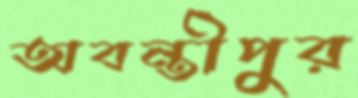
অবন্তীপুর